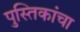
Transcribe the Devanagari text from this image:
पुस्तिकांचा